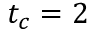
t _ { c } = 2